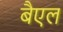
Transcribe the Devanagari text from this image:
बैएल